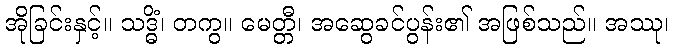
အိုခြင်းနှင့်။ သဒ္ဓိံ၊ တကွ။ မေတ္တီ၊ အဆွေခင်ပွန်း၏ အဖြစ်သည်။ အဿု၊